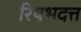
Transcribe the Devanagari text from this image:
रिषभदत्त